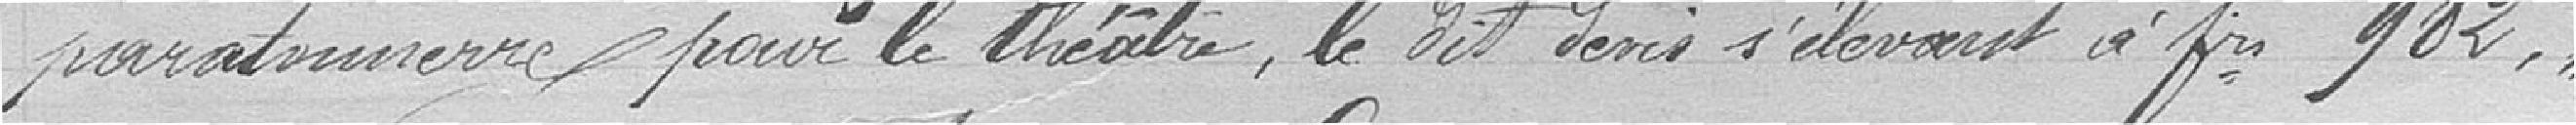
paratonnerre pour le théâtre, ledit devis s'élevant à 982 francs.